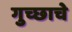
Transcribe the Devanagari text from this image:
गुच्छाचे